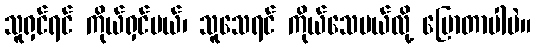
သူရှင်ရင် ကိုယ်ရှင်မယ်၊ သူသေရင် ကိုယ်သေမယ်လို့ ပြောတာပါပဲ။